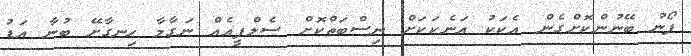
ފޯނު ބޭނުންކޮށްގެން އެކަކު އަނެކަކަށް ނިސްބަތްކޮށް ސެލްފީއެއް ނަގާމާ ހިނގާށޭ ބުނާ އަޑު